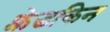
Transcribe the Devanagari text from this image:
फ़्रेडकिन